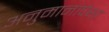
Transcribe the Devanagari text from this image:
अनुमानांपेक्षा